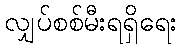
လျှပ်စစ်မီးရရှိရေး